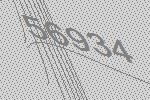
56934